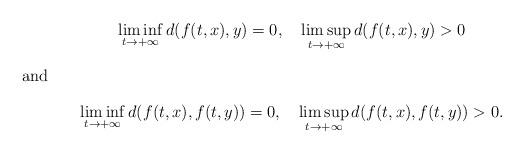
LaTeX: \begin{gather*}\liminf_{t\to+\infty}d(f(t,x),y)=0,\quad\limsup_{t\to+\infty}d(f(t,x),y)>0\intertext{and}\liminf_{t\to+\infty}d(f(t,x),f(t,y))=0,\quad\limsup_{t\to+\infty}d(f(t,x),f(t,y))>0.\end{gather*}